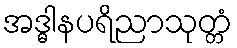
အဒ္ဓါနပရိညာသုတ္တံ